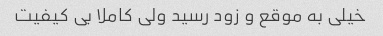
خیلی به موقع و زود رسید ولی کاملا بی کیفیت